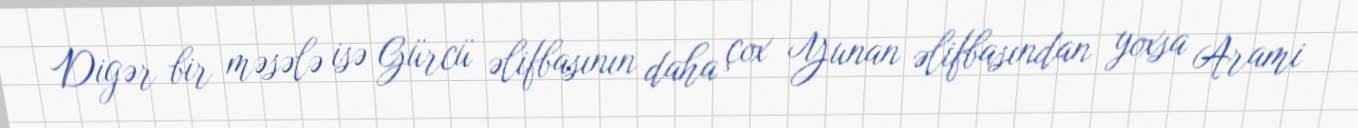
Digər bir məsələ isə Gürcü əlifbasının daha çox Yunan əlifbasından yoxsa Arami